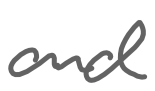
Text: and
Cross-out: clean
Writing tool: digital_gray